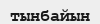
тынбайын